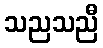
သညသညီ